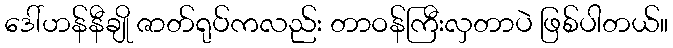
ဒေါ်ဟန်နီချို ဇာတ်ရုပ်ကလည်း တာဝန်ကြီးလှတာပဲ ဖြစ်ပါတယ်။